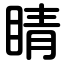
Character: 睛